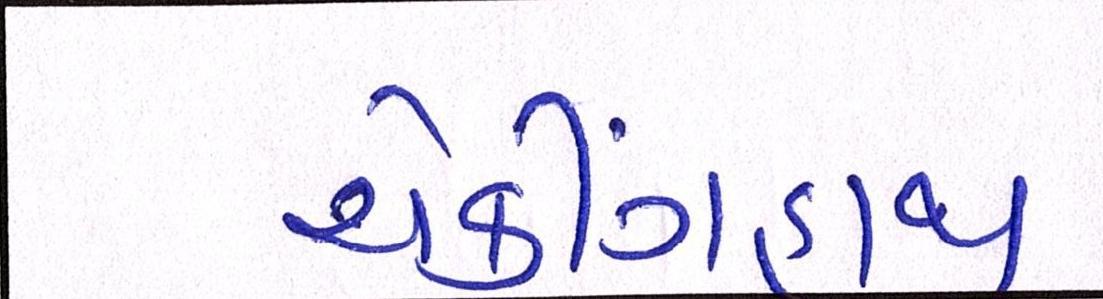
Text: ચેકીંગહાથ